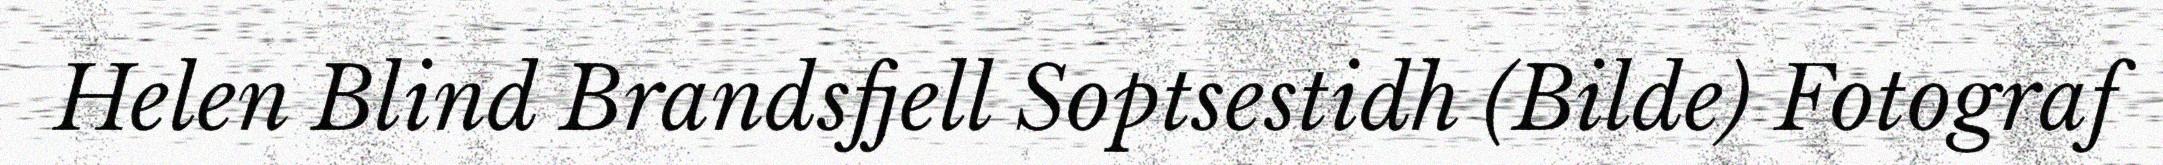
Helen Blind Brandsfjell Soptsestidh (Bilde) Fotograf